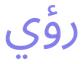
رؤي